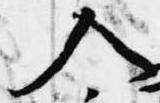
入